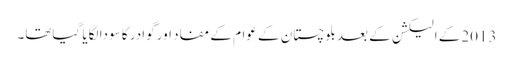
2013کے الیکشن کے بعد بلوچستان کے عوام کے مفاد اور گوادر کا سودا لگایا گیاتھا۔